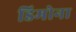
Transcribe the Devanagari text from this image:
डिमोना